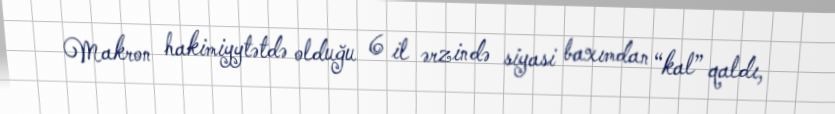
Makron hakimiyytətdə olduğu 6 il ərzində siyasi baxımdan “kal” qaldı,